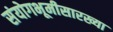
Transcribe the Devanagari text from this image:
संयोगभूमीसारख्या